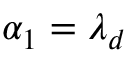
\alpha _ { 1 } = \lambda _ { d }